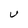
Character: U